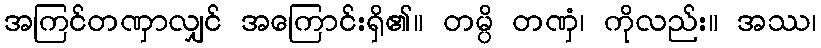
အကြင်တဏှာလျှင် အကြောင်းရှိ၏။ တမ္ပိ တဏှံ၊ ကိုလည်း။ အဿ၊